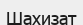
Шахизат